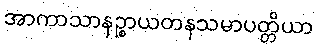
အာကာသာနဉ္စာယတနသမာပတ္တိယာ